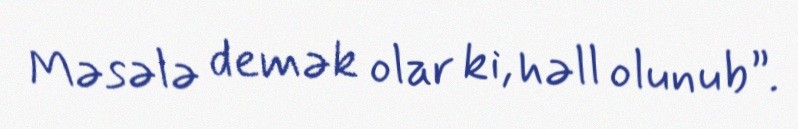
Məsələ demək olar ki, həll olunub”.